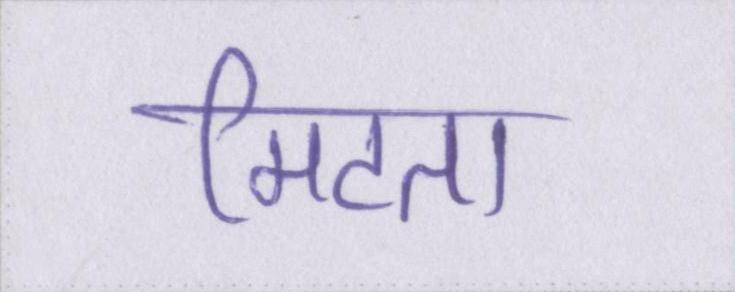
मिटता